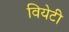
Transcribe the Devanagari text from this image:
वियेटी